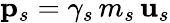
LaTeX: {\mathbf p}_{s}=\gamma_{s}\, m_{s}\, {\mathbf u}_{s}